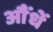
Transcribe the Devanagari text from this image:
औंधें